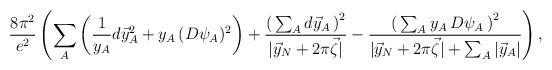
LaTeX: \begin{align*}\frac{8\pi^2}{e^2}\left(\sum_A \left(\frac{1}{y_A}d\vec y_A^2 + y_A\,(D\psi_A)^2\right)+\frac{\left(\,\sum_A d\vec y_A\,\right)^2}{|\vec y_N+2\pi \vec \zeta|}-\frac{\left(\,\sum_A y_A\,D\psi_A\,\right)^2}{|\vec y_N+2\pi \vec \zeta|+ \sum_A |\vec y_A|}\right),\end{align*}